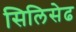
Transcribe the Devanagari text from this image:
सिलिसेढ